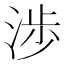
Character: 渉